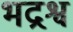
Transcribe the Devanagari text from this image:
भद्रश्व